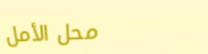
محل الأمل